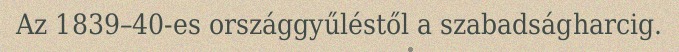
Az 1839–40-es országgyűléstől a szabadságharcig.